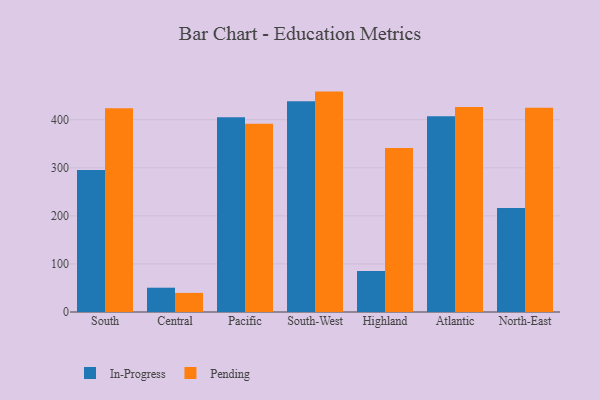
{"axis": {"x": "Region", "y": "Page Views"}, "legend": ["In-Progress", "Pending"], "data": [{"x": "South", "y": 295.3, "type": "In-Progress"}, {"x": "South", "y": 423.9, "type": "Pending"}, {"x": "Central", "y": 50.5, "type": "In-Progress"}, {"x": "Central", "y": 39.7, "type": "Pending"}, {"x": "Pacific", "y": 405.2, "type": "In-Progress"}, {"x": "Pacific", "y": 391.5, "type": "Pending"}, {"x": "South-West", "y": 438.2, "type": "In-Progress"}, {"x": "South-West", "y": 458.4, "type": "Pending"}, {"x": "Highland", "y": 85.5, "type": "In-Progress"}, {"x": "Highland", "y": 341.3, "type": "Pending"}, {"x": "Atlantic", "y": 407.1, "type": "In-Progress"}, {"x": "Atlantic", "y": 426.4, "type": "Pending"}, {"x": "North-East", "y": 216.3, "type": "In-Progress"}, {"x": "North-East", "y": 425.0, "type": "Pending"}]}